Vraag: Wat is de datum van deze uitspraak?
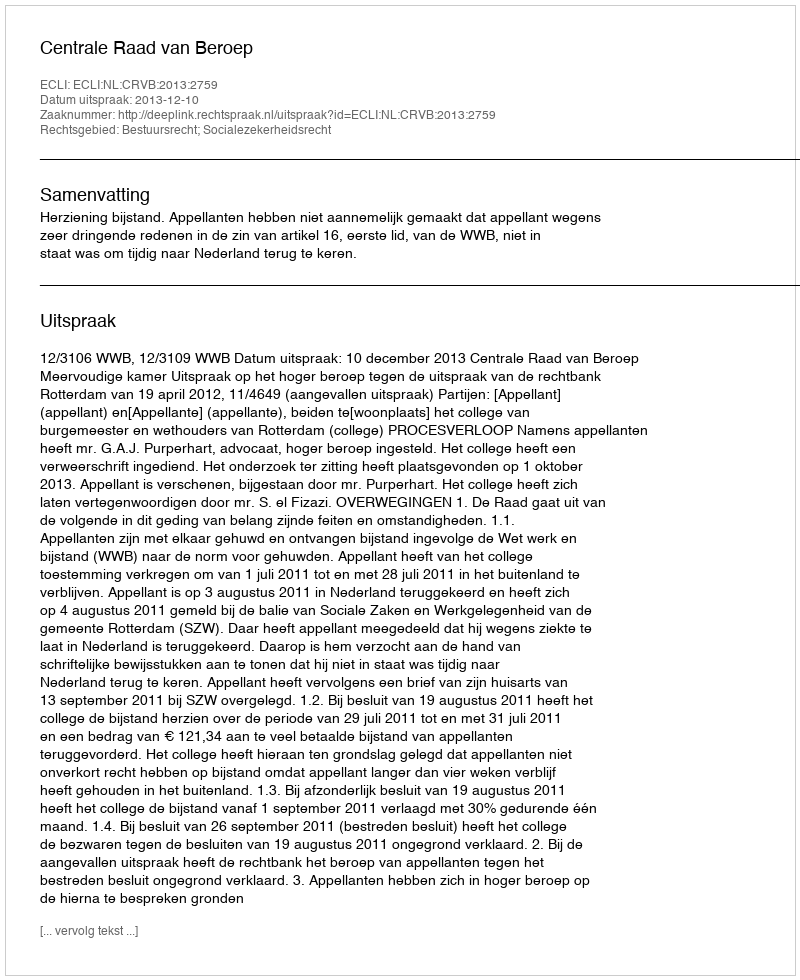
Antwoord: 2013-12-10